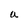
Character: U